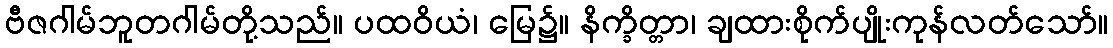
ဗီဇဂါမ်ဘူတဂါမ်တို့သည်။ ပထဝိယံ၊ မြေ၌။ နိက္ခိတ္တာ၊ ချထားစိုက်ပျိုးကုန်လတ်သော်။